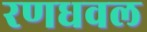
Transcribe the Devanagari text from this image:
रणधवल